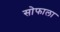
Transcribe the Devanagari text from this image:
सोफाला